Indian journal of veterinary science and animal husbandry - Volume 8,
Year: 1938
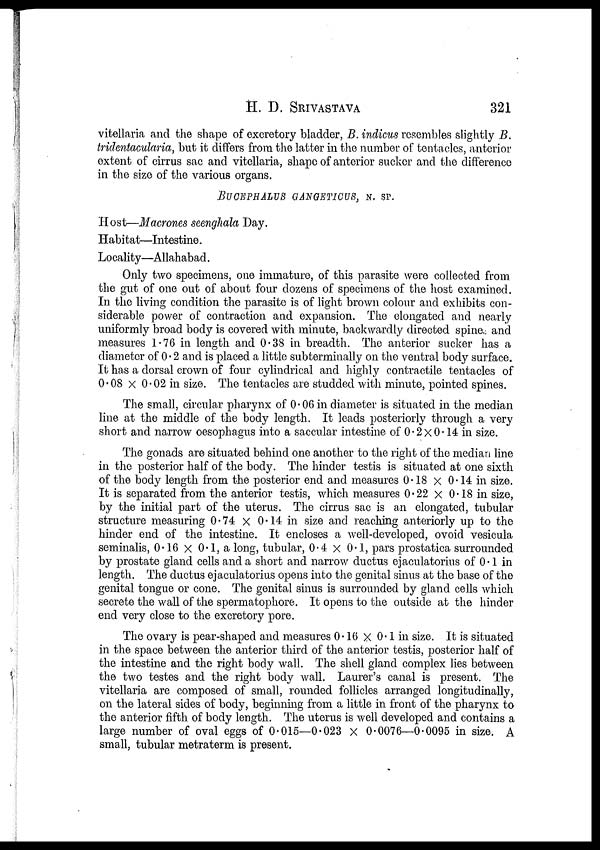
H. D.
SRIVASTAVA
321
vitellaria and the shape of excretory bladder, B. indicus resembles slightly B.
tridentacularia, but it differs from the latter in the number of tentacles, anterior
extent of cirrus sac and vitellaria, shape of anterior sucker and the difference
in the size of the various organs.
BUCEPHALUS GANGETICUS,N. SP.
Host—Macrones seenghala Day.
Habitat—Intestine.
Locality—Allahabad.
Only two specimens, one immature, of this parasite were collected from
the gut of one out of about four dozens of specimens of the host examined.
In the living condition the parasite is of light brown colour and exhibits con-
siderable power of contraction and expansion. The elongated and nearly
uniformly broad body is covered with minute, backwardly directed spine.; and
measures 1.76 in length and 0.38 in breadth. The anterior sucker has a
diameter of 0.2 and is placed a little subterminally on the ventral body surface.
It has a dorsal crown of four cylindrical and highly contractile tentacles of
0.08 X 0.02 in size. The tentacles are studded with minute, pointed spines.
The small, circular pharynx of 0.06 in diameter is situated in the median
line at the middle of the body length. It leads posteriorly through a very
short and narrow oesophagus into a saccular intestine of 0.2×0.14 in size.
The gonads are situated behind one another to the right of the median line
in the posterior half of the body. The hinder testis is situated at one sixth
of the body length from the posterior end and measures 0.18 × 0.14 in size.
It is separated from the anterior testis, which measures 0.22 × 0.18 in size,
by the initial part of the uterus. The cirrus sac is an elongated, tubular
structure measuring 0.74 × 0.14 in size and reaching anteriorly up to the
hinder end of the intestine. It encloses a well-developed, ovoid vesicula
seminalis, 0.16 × 0.1, a long, tubular, 0.4 × 0.1, pars prostatica surrounded
by prostate gland cells and a short and narrow ductus ejaculatorius of 0.1 in
length. The ductus ejaculatorius opens into the genital sinus at the base of the
genital tongue or cone. The genital sinus is surrounded by gland cells which
secrete the wall of the spermatophore. It opens to the outside at the hinder
end very close to the excretory pore.
The ovary is pear-shaped and measures 0.16 X 0.1 in size. It is situated
in the space between the anterior third of the anterior testis, posterior half of
the intestine and the right body wall. The shell gland complex lies between
the two testes and the right body wall. Laurer's canal is present. The
vitellaria are composed of small, rounded follicles arranged longitudinally,
on the lateral sides of body, beginning from a little in front of the pharynx to
the anterior fifth of body length. The uterus is well developed and contains a
large number of oval eggs of 0.015—0.023 X 0.0076—0.0095 in size. A
small, tubular metraterm is present.